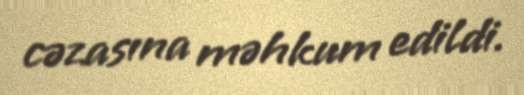
cəzasına məhkum edildi.